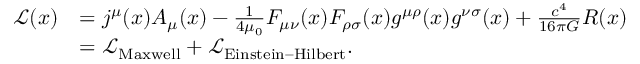
{ \begin{array} { r l } { { \mathcal { L } } ( x ) } & { = j ^ { \mu } ( x ) A _ { \mu } ( x ) - { \frac { 1 } { 4 \mu _ { 0 } } } F _ { \mu \nu } ( x ) F _ { \rho \sigma } ( x ) g ^ { \mu \rho } ( x ) g ^ { \nu \sigma } ( x ) + { \frac { c ^ { 4 } } { 1 6 \pi G } } R ( x ) } \\ & { = { \mathcal { L } } _ { \mathrm { M a x w e l l } } + { \mathcal { L } } _ { \mathrm { E i n s t e i n – H i l b e r t } } . } \end{array} }